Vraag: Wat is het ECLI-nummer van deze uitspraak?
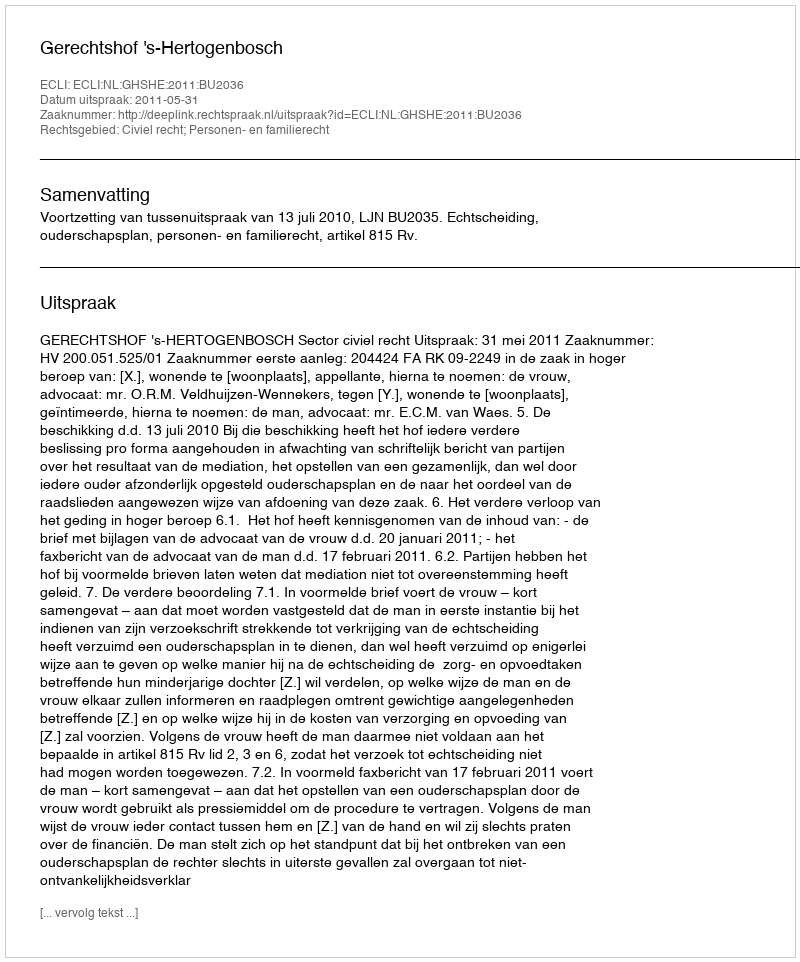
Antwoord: ECLI:NL:GHSHE:2011:BU2036